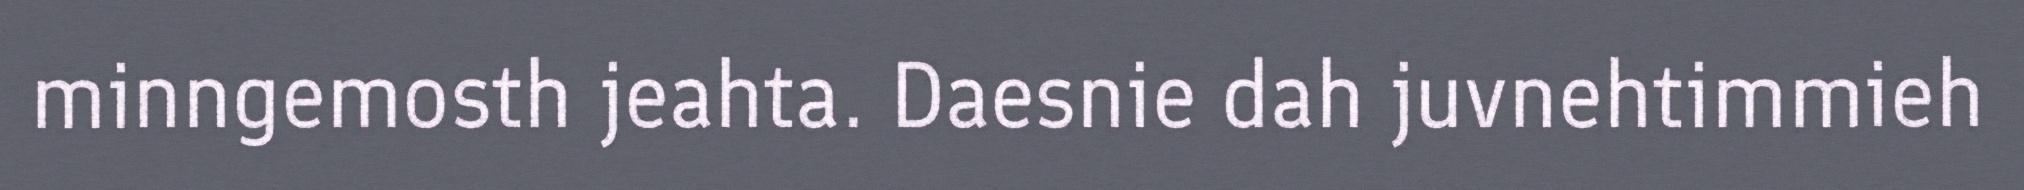
minngemosth jeahta. Daesnie dah juvnehtimmieh